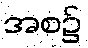
အစ၌